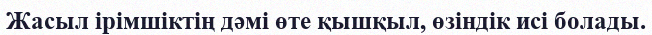
Жасыл ірімшіктің дәмі өте қышқыл, өзіндік исі болады.